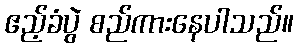
ဧည့်ခံပွဲ စည်ကားနေပါသည်။